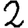
Digit: 2